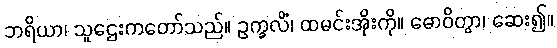
ဘရိယာ၊ သူဌေးကတော်သည်။ ဥက္ခလိံ၊ ထမင်းအိုးကို။ ဓောဝိတွာ၊ ဆေး၍။